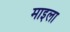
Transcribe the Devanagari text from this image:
माइला